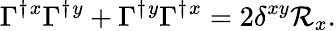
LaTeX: \Gamma^{\dagger}{}^{x}\Gamma^{\dagger}{}^{y}+\Gamma^{\dagger}{}^{y}\Gamma^{\dagger}{}^{x}=2\delta^{xy}\mathcal{R}_{x}.